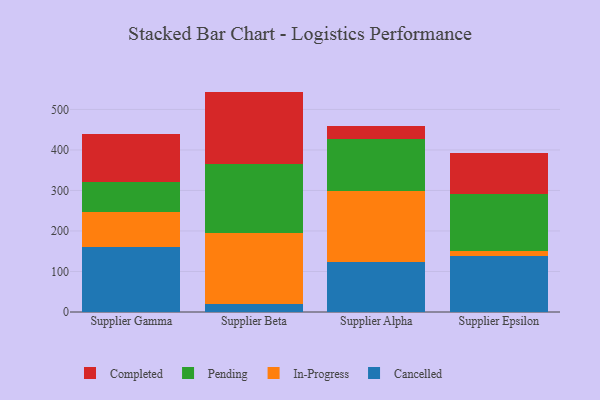
{"axis": {"x": "Supplier", "y": "Churn Rate (%)"}, "legend": ["Cancelled", "Completed", "In-Progress", "Pending"], "data": [{"x": "Supplier Gamma", "y": 159.9, "type": "Cancelled"}, {"x": "Supplier Gamma", "y": 86.7, "type": "In-Progress"}, {"x": "Supplier Gamma", "y": 75.1, "type": "Pending"}, {"x": "Supplier Gamma", "y": 118.8, "type": "Completed"}, {"x": "Supplier Beta", "y": 20.2, "type": "Cancelled"}, {"x": "Supplier Beta", "y": 174.9, "type": "In-Progress"}, {"x": "Supplier Beta", "y": 169.4, "type": "Pending"}, {"x": "Supplier Beta", "y": 179.5, "type": "Completed"}, {"x": "Supplier Alpha", "y": 123.9, "type": "Cancelled"}, {"x": "Supplier Alpha", "y": 173.6, "type": "In-Progress"}, {"x": "Supplier Alpha", "y": 130.7, "type": "Pending"}, {"x": "Supplier Alpha", "y": 30.8, "type": "Completed"}, {"x": "Supplier Epsilon", "y": 137.8, "type": "Cancelled"}, {"x": "Supplier Epsilon", "y": 12.0, "type": "In-Progress"}, {"x": "Supplier Epsilon", "y": 141.4, "type": "Pending"}, {"x": "Supplier Epsilon", "y": 100.5, "type": "Completed"}]}